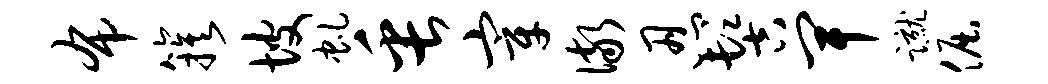
布簇坡虬缶宰儆忍髻卑蹴倔